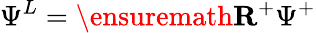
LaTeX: \Psi^{L}=\ensuremath{\mathbf{R}}^{+}\Psi^{+}